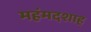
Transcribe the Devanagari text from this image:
महंमदशाह